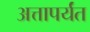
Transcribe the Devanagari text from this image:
अत्तापर्यंत